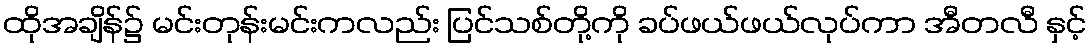
ထိုအချိန်၌ မင်းတုန်းမင်းကလည်း ပြင်သစ်တို့ကို ခပ်ဖယ်ဖယ်လုပ်ကာ အီတလီ နှင့်